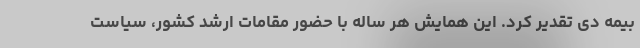
بیمه دی تقدیر کرد. این همایش هر ساله با حضور مقامات ارشد کشور، سیاست